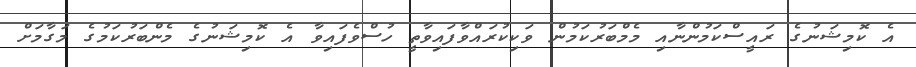
އެ ކޮމިޝަނުގެ ރައީސްކަމުންނާއި މެމްބަރުކަމުން ވަކިކުރައްވާފައިވާތީ ހުސްވެފައިވާ އެ ކޮމިޝަނުގެ މެންބަރުކަމުގެ މަގާމަށް